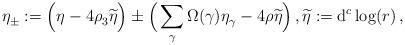
LaTeX: \begin{align*} \eta_{\pm}^{}:=\Big( \eta^{}-4\rho_3^{}\widetilde{\eta}\Big)\pm \Big( \sum_{\gamma}\Omega(\gamma)\eta_{\gamma}^{}-4\rho^{}\widetilde{\eta}\Big)\,, \widetilde{\eta}:=\mathrm{d}^c \log(r)\,,\end{align*}